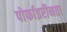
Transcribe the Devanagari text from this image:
पोर्फाइरीनता